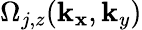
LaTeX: \Omega_{j,z}(\mathbf{k}_{\mathbf{x}},\mathbf{k}_{y})